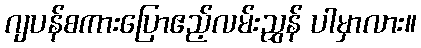
ဂျပန်စကားပြောဧည့်လမ်းညွှန် ပါမှာလား။